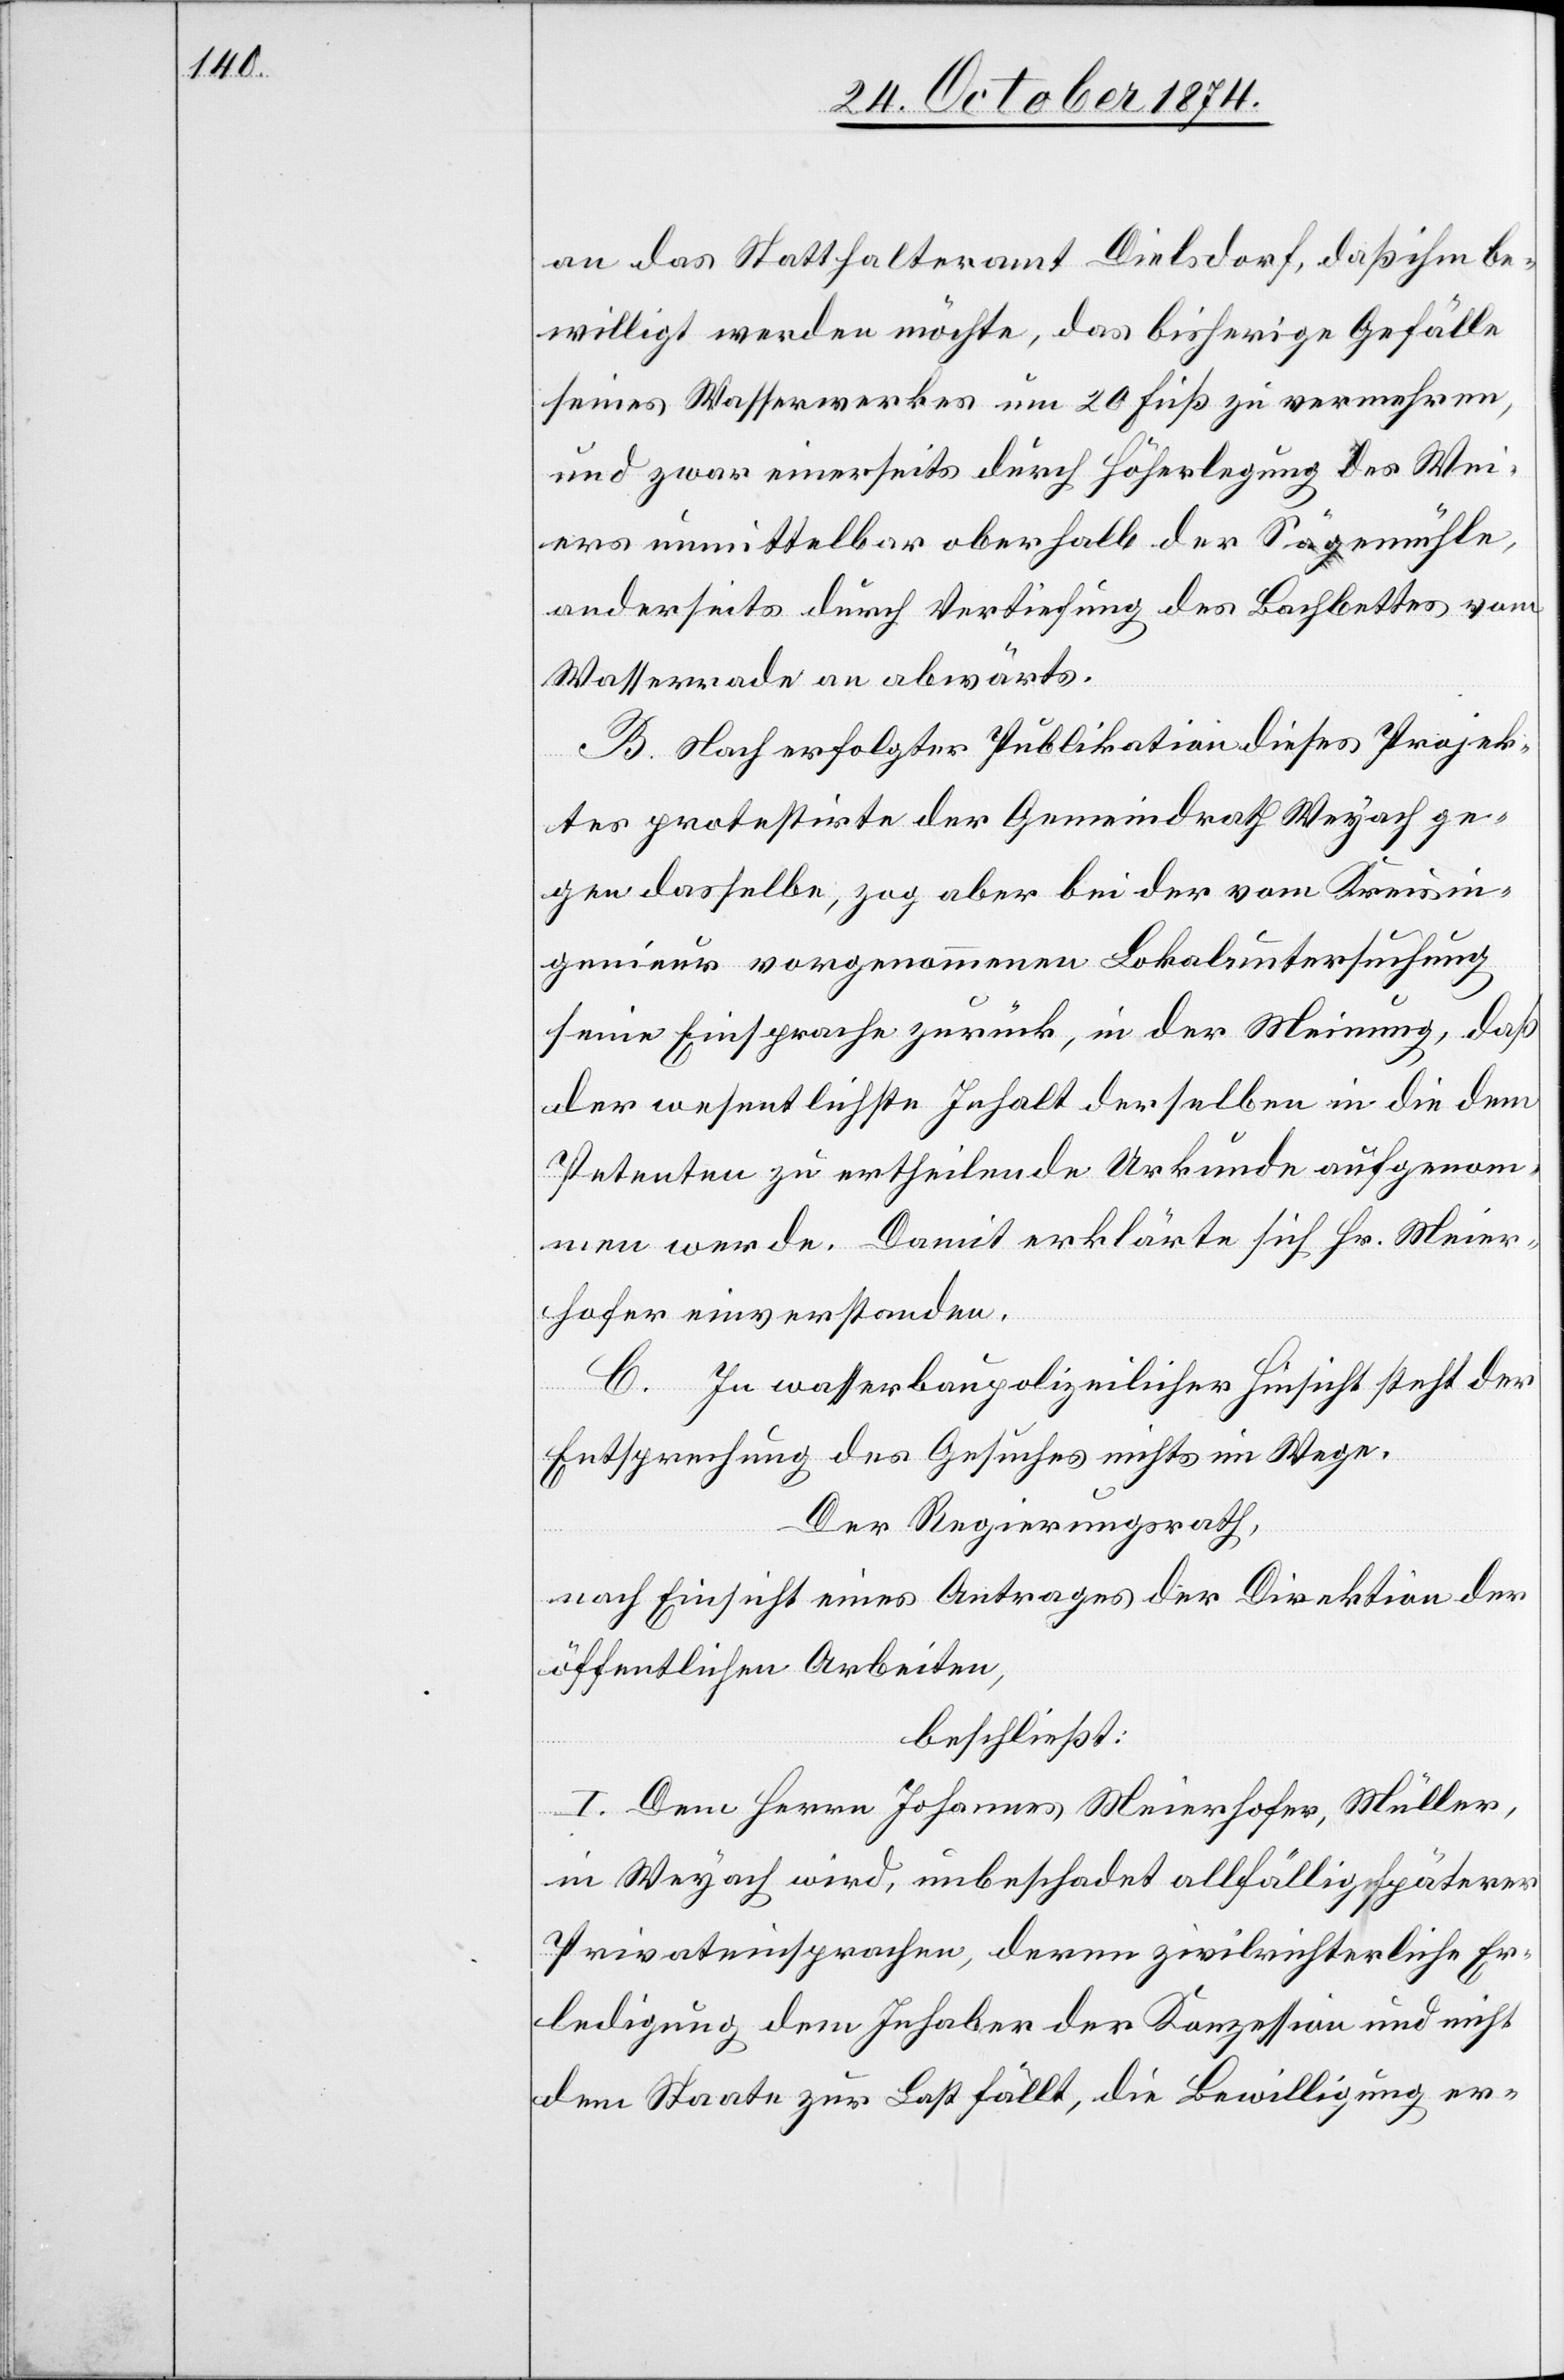
an das Statthalteramt Dielsdorf, daß ihm be¬
willigt werden möchte, das bisherige Gefälle
seines Wasserwerkes um 20 Fuß zu vernehmen,
und zwar einerseits durch Höherlegung des Wei¬
ers unmittelbar oberhalb der Sägemühle,
anderseits durch Vertiefung des Bachbettes vom
Wasserrade an abwärts.
B. Nach erfolgter Publikation dieses Projek¬
tes protestirte der Gemeindrath Weyach ge¬
gen dasselbe, zog aber bei der vom Kreisin¬
genieur vorgenommenen Lokaluntersuchung
seine Einsprache zurück, in der Meinung, daß
der wesentlichste Inhalt derselben in die dem
Petenten zu ertheilende Urkunde aufgenom¬
men werde. Damit erklärte sich Hr. Meier¬
hofer einverstanden.
C. In wasserbaupolizeilicher Hinsicht steht der
Entsprechung des Gesuches nichts im Wege.
Der Regierungsrath,
nach Einsicht eines Antrages der Direktion der
öffentlichen Arbeiten,
beschließt:
I. Dem Herrn Johannes Meierhofer, Müller,
in Weyach wird, unbeschadet allfällig späterer
Privateinsprachen, deren zivilrichterliche Er¬
ledigung dem Inhaber der Konzession und nicht
dem Staate zur Last fällt, die Bewilligung er-